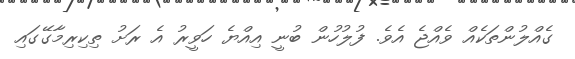
ގެއްލުންތަކެއް ވެއްޖެ އެވެ. ފުލުހުން ބުނީ އިއްޔެ ހަވީރު އެ ރަށު ތިކިރިމާގޭގައި